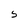
Character: 5